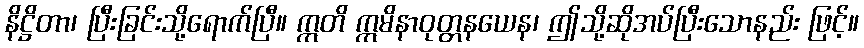
နိဋ္ဌိတာ၊ ပြီးခြင်းသို့ရောက်ပြီ။ ဣတိ ဣမိနာဝုတ္တနယေန၊ ဤသို့ဆိုအပ်ပြီးသောနည်း ဖြင့်။